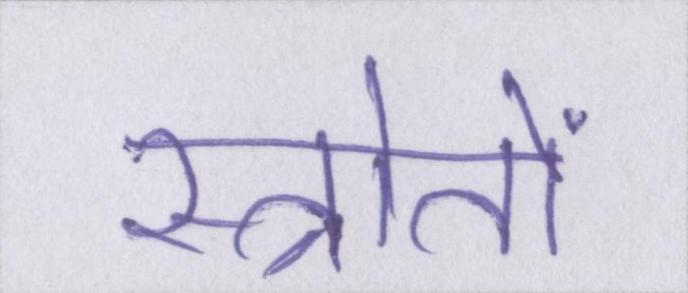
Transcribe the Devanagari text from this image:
स्त्रोतों